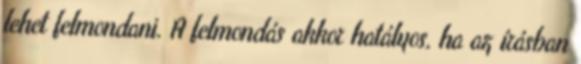
lehet felmondani. A felmondás akkor hatályos, ha az írásban